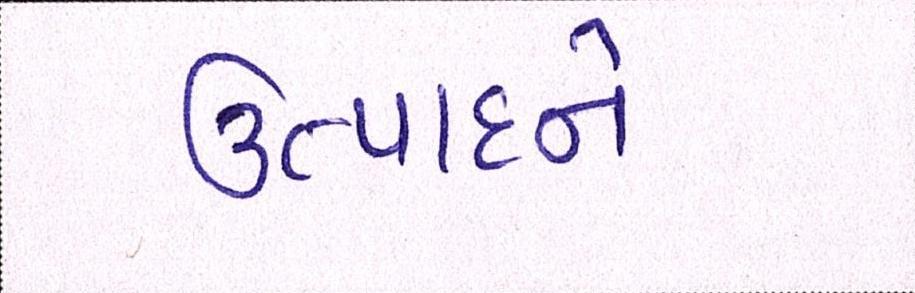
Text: ઉત્પાદને